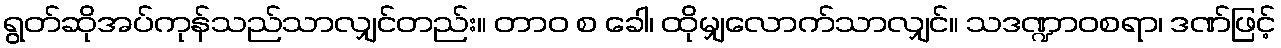
ရွတ်ဆိုအပ်ကုန်သည်သာလျှင်တည်း။ တာဝ စ ခေါ၊ ထိုမျှလောက်သာလျှင်။ သဒဏ္ဍာဝစရာ၊ ဒဏ်ဖြင့်